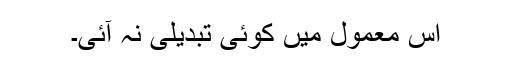
اس معمول میں کوئی تبدیلی نہ آئی۔